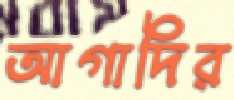
আগাদির